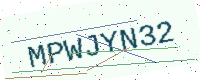
Text: MPWJYN32